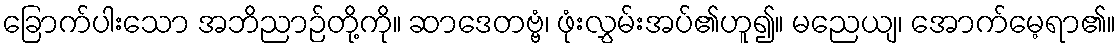
ခြောက်ပါးသော အဘိညာဉ်တို့ကို။ ဆာဒေတဗ္ဗံ၊ ဖုံးလွှမ်းအပ်၏ဟူ၍။ မညေယျ၊ အောက်မေ့ရာ၏။